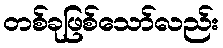
တစ်ခုဖြစ်သော်လည်း